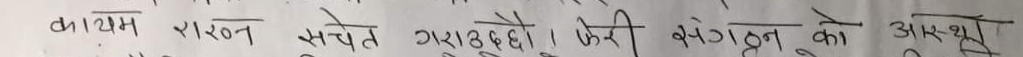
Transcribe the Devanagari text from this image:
कायम राख्न सचेत गराउनुहो । फेरि बेग्लै को अभिब्यक्ति